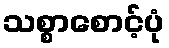
သစ္စာစောင့်ပုံ